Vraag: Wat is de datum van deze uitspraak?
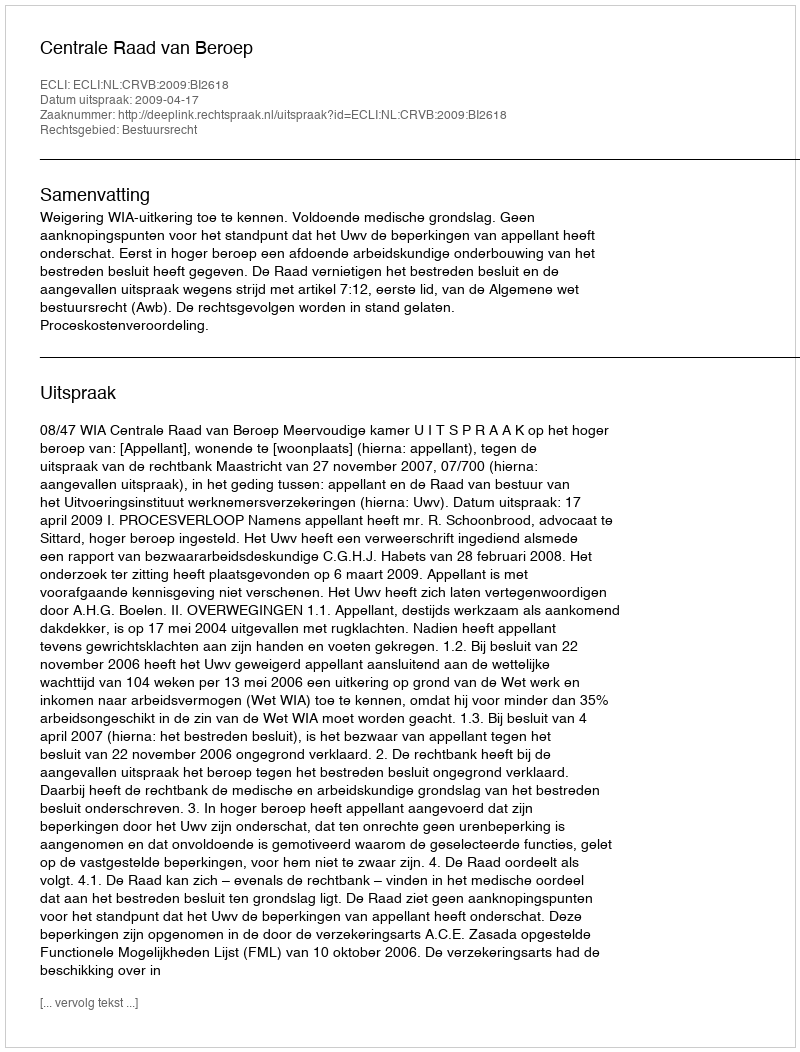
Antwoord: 2009-04-17